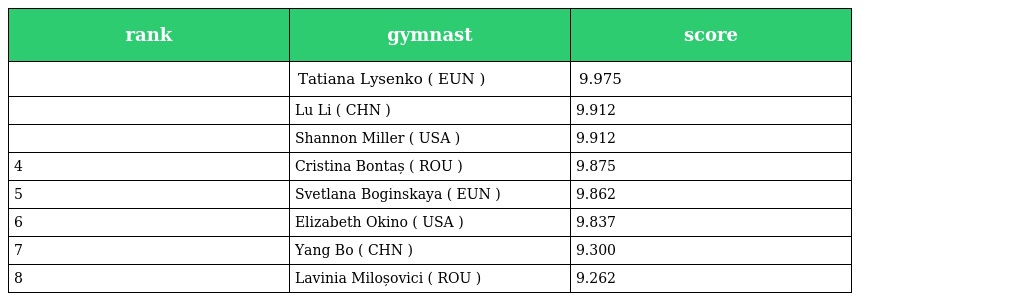
| rank | gymnast | score |
 | --- | --- | --- |
 |  | Tatiana Lysenko ( EUN ) | 9.975 |
 |  | Lu Li ( CHN ) | 9.912 |
 |  | Shannon Miller ( USA ) | 9.912 |
 | 4 | Cristina Bontaș ( ROU ) | 9.875 |
 | 5 | Svetlana Boginskaya ( EUN ) | 9.862 |
 | 6 | Elizabeth Okino ( USA ) | 9.837 |
 | 7 | Yang Bo ( CHN ) | 9.300 |
 | 8 | Lavinia Miloșovici ( ROU ) | 9.262 |